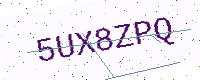
Text: 5UX8ZPQ